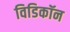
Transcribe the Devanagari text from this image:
विडिकॉन